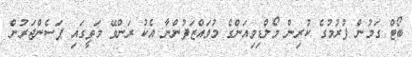
ބޯޓް ގަމުން ފުރުމުގެ ކުރިން މޯލްޑިވިއަންގެ މުވައްޒަފުންނާ އެކު ރަންވޭ މަތީގައި ޕަސެންޖަރުން